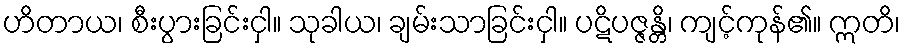
ဟိတာယ၊ စီးပွားခြင်းငှါ။ သုခါယ၊ ချမ်းသာခြင်းငှါ။ ပဋိပဇ္ဇန္တိ၊ ကျင့်ကုန်၏။ ဣတိ၊